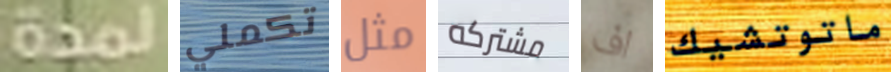
لمدة تكملي مثل مشتركه اف ماتوتشيك